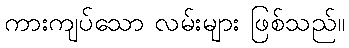
ကားကျပ်သော လမ်းများ ဖြစ်သည်။